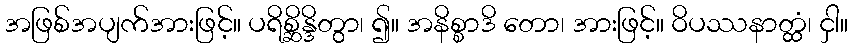
အဖြစ်အပျက်အားဖြင့်။ ပရိစ္ဆိန္ဒိတွာ၊ ၍။ အနိစ္စာဒိ တော၊ အားဖြင့်။ ဝိပဿနာတ္ထံ၊ ငှါ။